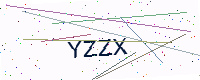
Text: YZZX